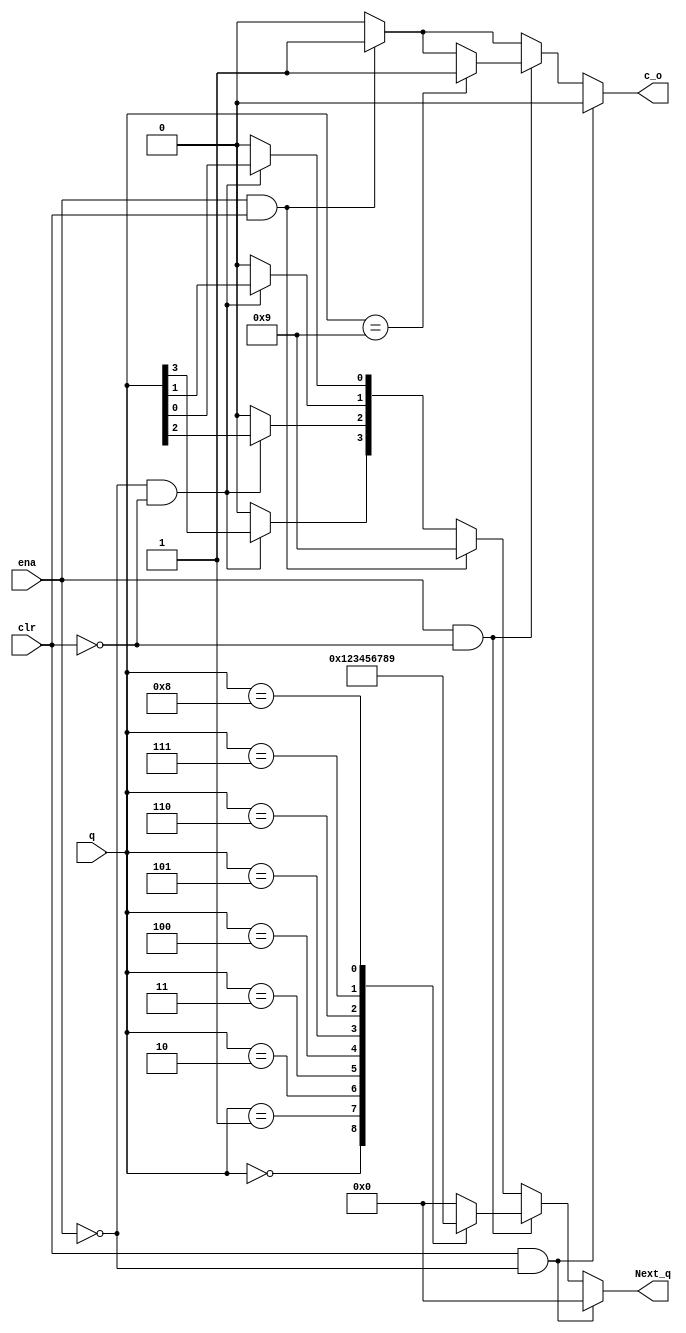
`timescale 1ns / 1ps
//////////////////////////////////////////////////////////////////////////////////
// Company: 
// Engineer: 
// 
// Design Name: 
// Module Name:    count4bcd_combin 
// Project Name: 
// Target Devices: 
// Tool versions: 
// Description: 
//
// Dependencies: 
//
// Revision: 
// Revision 0.01 - File Created
// Additional Comments: 
//
//////////////////////////////////////////////////////////////////////////////////
module count4bcd_combin(
    input [3:0] q,
    input ena,
    input clr,
    output reg [3:0] Next_q, // I had to make this a reg so that I could use my always block.
    output reg c_o 			  // I also had to make this a reg so that I can use it in my always block.
    );

	//Let us do some logic on our input switches
	
	
	always @(q or ena or clr)
		begin
		
			Next_q = 4'b0000;
			c_o = 4'b0;


			// ** HOLD **	
			//Logic when ena and clr are set to 0 to hold current values
			if( (ena == 1'b0) && (clr == 1'b0))
				 begin
					c_o = 1'b0;	
					Next_q[0] = q[0];
				 	Next_q[1] = q[1];
				 	Next_q[2] = q[2];
				 	Next_q[3] = q[3];
				 end 
				
	

			// ** MAX **	
			//Logic to handle when ena =1 and clr = 1 to get ouput
			//of 9
			
			if ( (ena ==1'b1) && (clr == 1'b1) )
				begin
					c_o = 1'b1;
					Next_q = 4'b1001;
				end

		

			// ** NEXT COUNT **	
			//Logic when ena = 1 to calculate our next bit
			 
			if ((ena == 1'b1) && (clr == 1'b0))
				begin
						
						// Set the carry bit to 0 by default unless changed by 4'b1001 case.
						//c_o = 1'b0;
						
					case ({q})
					
						//Begin 0 through 9 
						4'b0000: Next_q = 4'b0001; // 0 input
						4'b0001: Next_q = 4'b0010; // 1 input
						4'b0010: Next_q = 4'b0011; // 2 input
						4'b0011: Next_q = 4'b0100; // 3 input
						4'b0100: Next_q = 4'b0101; // 4 input
						4'b0101: Next_q = 4'b0110; // 5 input
						4'b0110: Next_q = 4'b0111; // 6 input
						4'b0111: Next_q = 4'b1000; // 7 input
						4'b1000: Next_q = 4'b1001; // 8 input
						
						4'b1001: 						// 9 input, make output 0000 and set carry bit.
							begin
								Next_q = 4'b0000;
								c_o = 1'b1;
							end
							
						default: Next_q =	4'b0000;	// All other combinations of ena 1 and Next_q just sets Next_q to 0000
										
					endcase
				end // end of if handling the next bit
					
			

			// ** CLEAR **	
			//Logic when clr = 1 and ena = 0 to clear
			if ((clr == 1'b1) && (ena == 1'b0))
				begin
					Next_q = 4'b0000; // set to 0000.
					c_o = 1'b0;			// set the carry bit to 0.
				end // end if to set Next_1 and c_o to 0.
	 
		
		end  // End my entire always block



	
endmodule